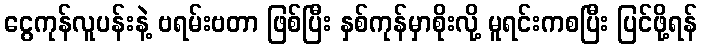
ငွေကုန်လူပန်းနဲ့ ဗရမ်းဗတာ ဖြစ်ပြီး နှစ်ကုန်မှာစိုးလို့ မူရင်းကစပြီး ပြင်ဖို့ရန်